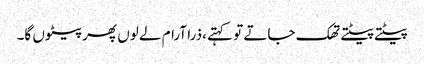
پیٹتے پیٹتے تھک جاتے تو کہتے ،ذرا آرام لے لوں پھر پیٹوں گا۔